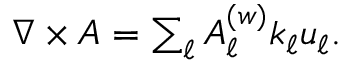
\begin{array} { r } { \nabla \times \boldsymbol { A } = \sum _ { \ell } A _ { \ell } ^ { ( w ) } k _ { \ell } \boldsymbol { u } _ { \ell } . } \end{array}